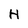
Character: H